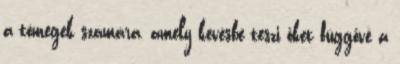
a tömegek számára, amely kevésbé teszi őket függővé a